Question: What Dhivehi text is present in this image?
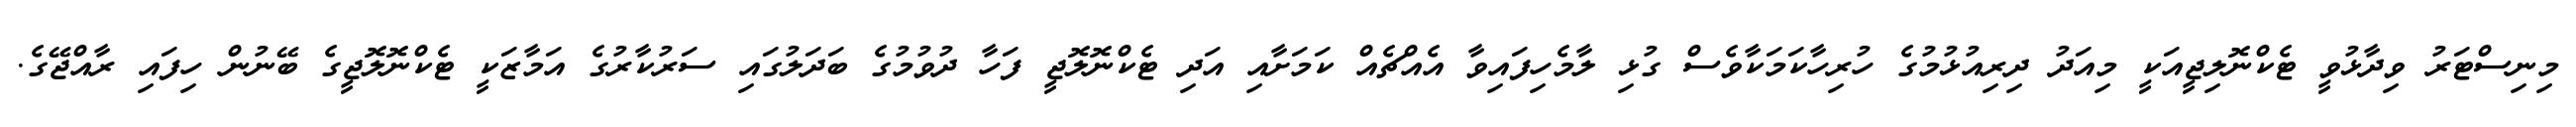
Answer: މިނިސްޓަރު ވިދާޅުވީ ޓެކްނޮލިޖީއަކީ މިއަދު ދިރިއުޅުމުގެ ހުރިހާކަމަކާވެސް ގުޅި ލާމެހިފައިވާ އެއްޗެއް ކަމަށާއި އަދި ޓެކްނޮލޮޖީ ފަހާ ދުވުމުގެ ބަދަލުގައި ސަރުކާރުގެ އަމާޒަކީ ޓެކްނޮލޮޖީގެ ބޭނުން ހިފައި ރާއްޖޭގެ.